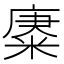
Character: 𢊪